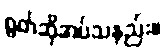
ရွတ်ဆိုအပ်သနည်း။